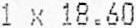
1 X 18.60